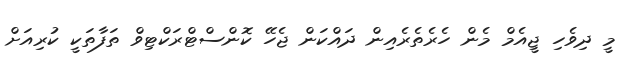
މީ ދިވެހި ޖީއެމް މެން ހެރެތެރެެއިން ދައްކަން ޖެހޭ ކޮންސްޓްރަކްޓިވް ތަފާތަކީ ކުރިއަށް